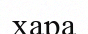
хара